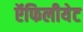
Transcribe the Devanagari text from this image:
ऍफिलीयेट